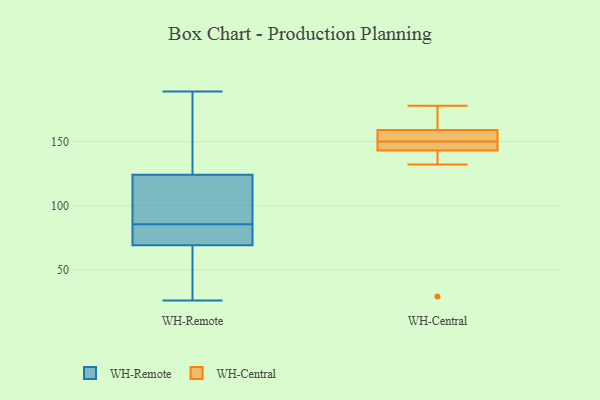
{"axis": {"x": "Headcount", "y": "Value"}, "legend": ["WH-Central", "WH-Remote"], "data": [{"x": "", "y": 189, "type": "WH-Remote"}, {"x": "", "y": 51, "type": "WH-Remote"}, {"x": "", "y": 71, "type": "WH-Remote"}, {"x": "", "y": 124, "type": "WH-Remote"}, {"x": "", "y": 79, "type": "WH-Remote"}, {"x": "", "y": 94, "type": "WH-Remote"}, {"x": "", "y": 116, "type": "WH-Remote"}, {"x": "", "y": 74, "type": "WH-Remote"}, {"x": "", "y": 95, "type": "WH-Remote"}, {"x": "", "y": 61, "type": "WH-Remote"}, {"x": "", "y": 84, "type": "WH-Remote"}, {"x": "", "y": 170, "type": "WH-Remote"}, {"x": "", "y": 39, "type": "WH-Remote"}, {"x": "", "y": 131, "type": "WH-Remote"}, {"x": "", "y": 155, "type": "WH-Remote"}, {"x": "", "y": 26, "type": "WH-Remote"}, {"x": "", "y": 87, "type": "WH-Remote"}, {"x": "", "y": 69, "type": "WH-Remote"}, {"x": "", "y": 29, "type": "WH-Central"}, {"x": "", "y": 148, "type": "WH-Central"}, {"x": "", "y": 143, "type": "WH-Central"}, {"x": "", "y": 143, "type": "WH-Central"}, {"x": "", "y": 156, "type": "WH-Central"}, {"x": "", "y": 161, "type": "WH-Central"}, {"x": "", "y": 178, "type": "WH-Central"}, {"x": "", "y": 132, "type": "WH-Central"}, {"x": "", "y": 152, "type": "WH-Central"}, {"x": "", "y": 159, "type": "WH-Central"}]}